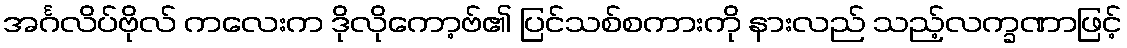
အင်္ဂလိပ်ဗိုလ် ကလေးက ဒိုလိုကော့ဗ်၏ ပြင်သစ်စကားကို နားလည် သည့်လက္ခဏာဖြင့်